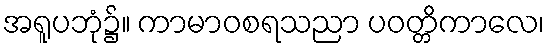
အရူပဘုံ၌။ ကာမာဝစရသညာ ပဝတ္တိကာလေ၊